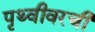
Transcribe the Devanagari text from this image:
पृथ्वीवरची